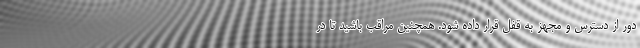
دور از دسترس و مجهز به قفل قرار داده شود. همچنین مراقب باشید تا در